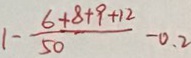
1 - \frac { 6 + 8 + 9 + 1 2 } { 5 0 } - 0 . 2